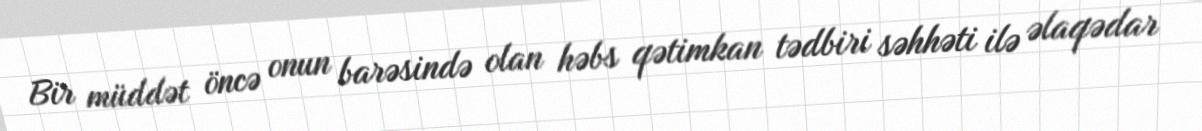
Bir müddət öncə onun barəsində olan həbs qətimkan tədbiri səhhəti ilə əlaqədar